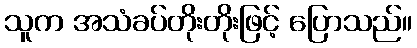
သူက အသံခပ်တိုးတိုးဖြင့် ပြောသည်။